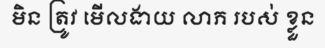
មិន ត្រូវ មើលងាយ លាភ របស់ ខ្លួន